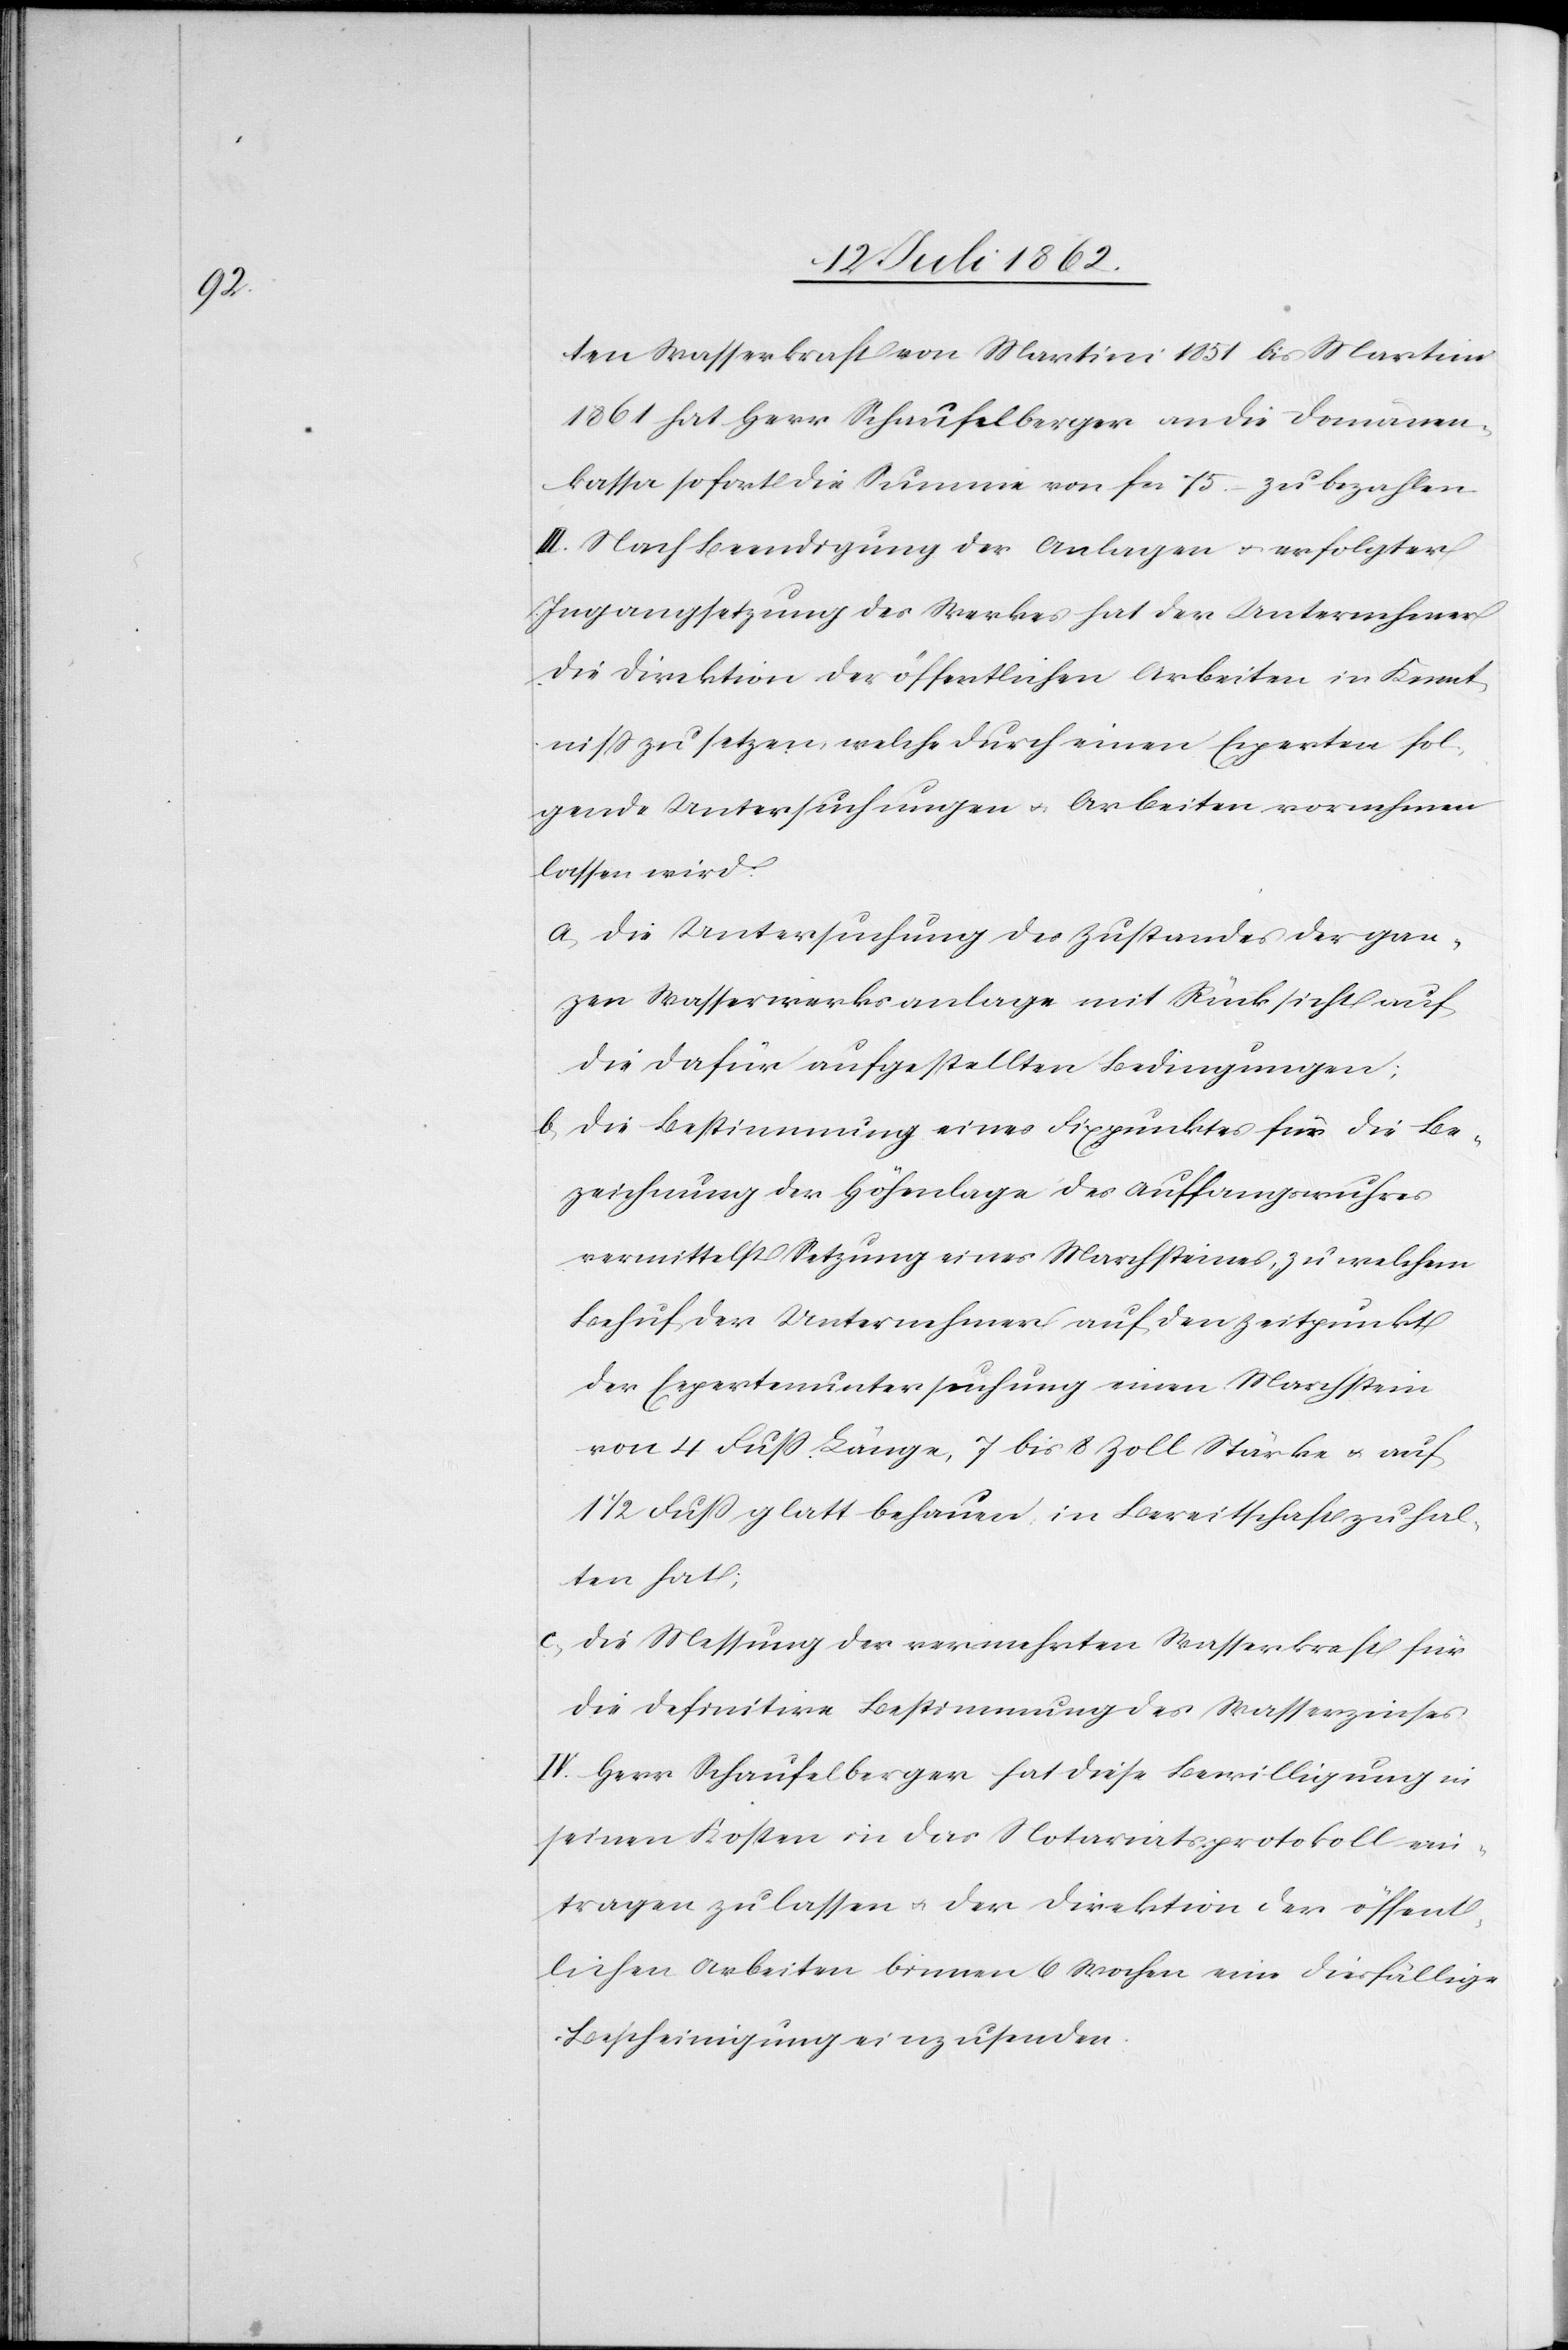
ten Wasserkraft von Martini 1851 bis Martini
1861 hat Herr Schaufelberger an die Domänen¬
kassa sofort die Summe von Fcs. 15.– zu bezahlen.
III. Nach Beendigung der Anlagen u. erfolgter
Ingangsetzung des Werkes hat der Unternehmer
die Direktion der öffentlichen Arbeiten in Kennt¬
niß zu setzen, welche durch einen Experten fol¬
gende Untersuchungen u. Arbeiten vornehmen
lassen wird.
a. die Untersuchung des Zustandes der gan¬
zen Wasserwerksanlage mit Rücksicht auf
die dafür aufgestellten Bedingungen;
b. die Bestimmung eines Fixpunktes für die Be¬
zeichnung der Höhenlage des Auffangswuhres
vermittelst Setzung eines Marchsteines, zu welchem
Behuf der Unternehmer auf den Zeitpunkt
der Expertenuntersuchung einen Marchstein
von 4 Fuß Länge, 7 bis 8 Zoll Stärke u. auf
1/2 Fuß glatt behauen, in Bereitschaft zu hal¬
ten hat;
c. Die Messung der vermehrten Wasserkraft für
die definitive Bestimmung des Wasserzinses
IV. Herr Schaufelberger hat diese Bewilligung in
seinen Kosten in das Notariatsprotokoll ein¬
tragen zu lassen u. der Direktion der öffent¬
lichen Arbeiten binnen 6 Wochen eine diesfällige
Bescheinigung einzusenden.